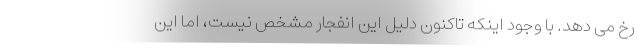
رخ می دهد. با وجود اینکه تاکنون دلیل این انفجار مشخص نیست، اما این